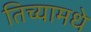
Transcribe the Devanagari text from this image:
तिच्यामधे